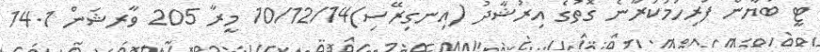
ޓީ ބަޔާން ފުރިހަމަކުރާނެ ގޮތުގެ އިރުޝާދު (އިނގިރޭސި)10/12/14 މީރާ 205 ވާރޝަން 14.1